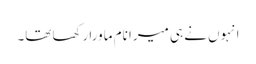
انہوں نے ہی میرا نام ماورا رکھا تھا۔